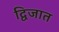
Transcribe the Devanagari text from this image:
द्विजात